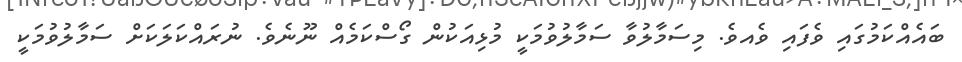
ބައެއްކަމުގައި ވެފައި ވެއވެ. މިސަމާލުވާ ސަމާލުވުމަކީ މުޅިއަކުން ގޯސްކަމެއް ނޫނެވެ. ނުރައްކަލަކަށް ސަމާލުވުމަކީ